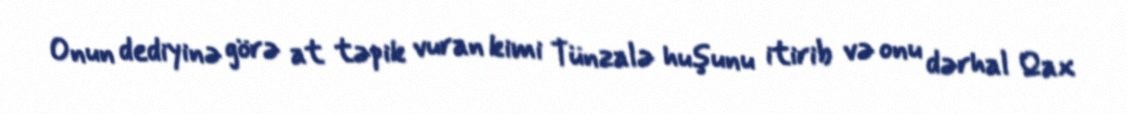
Onun dediyinə görə at təpik vuran kimi Tünzalə huşunu itirib və onu dərhal Qax